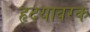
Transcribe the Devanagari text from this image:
हृदयावरक